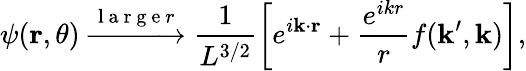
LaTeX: \psi(\mathbf{r},\theta)\xrightarrow{\mathrm{~l~a~r~g~e~}r}\frac{1}{L^{3/2}}\left[e^{i\mathbf{k}\cdot\mathbf{r}}+\frac{e^{ikr}}{r}f(\mathbf{k}^{\prime},\mathbf{k})\right],